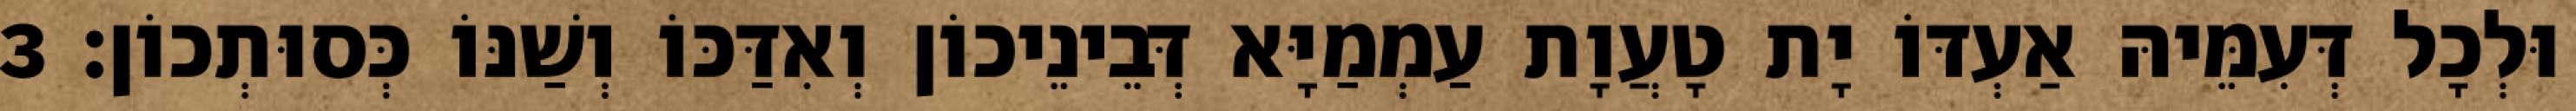
וּלְכָל דְּעִמֵּיהּ אַעְדּוֹ יָת טָעֲוָת עַמְמַיָּא דְּבֵינֵיכוֹן וְאִדַּכּוֹ וְשַׁנּוֹ כְּסוּתְכוֹן׃ 3